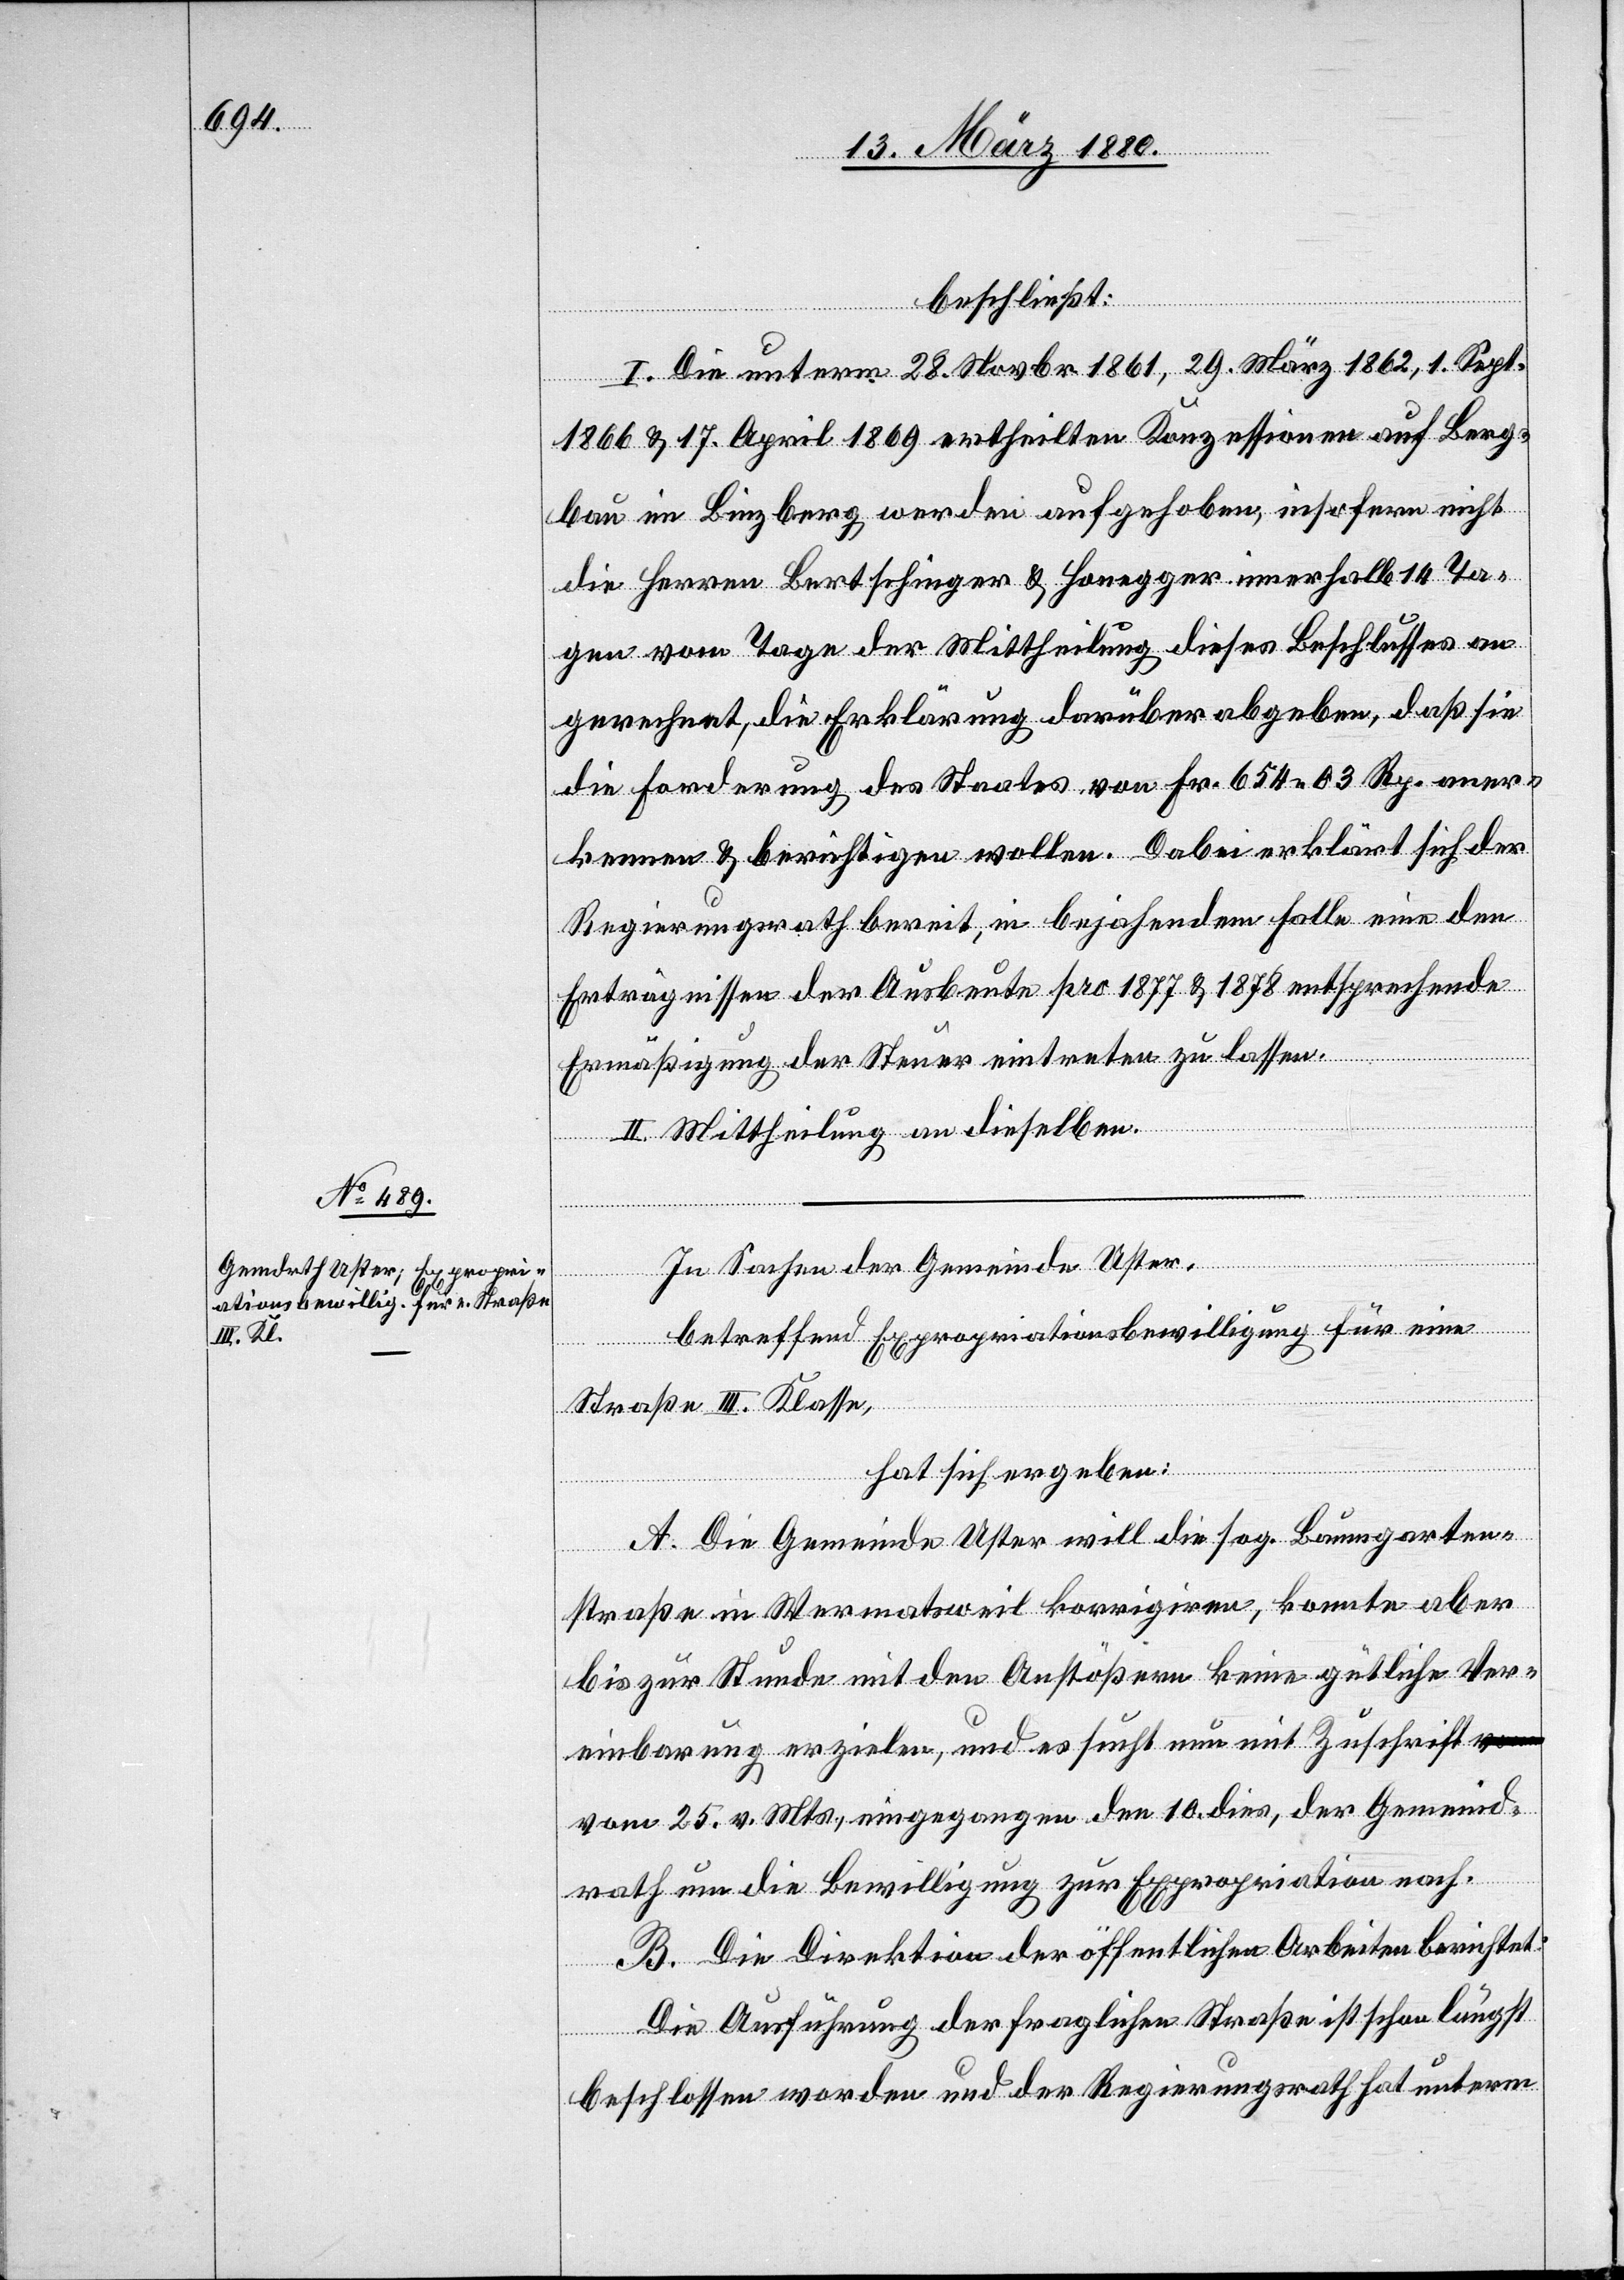
beschließt:
I. Die unterm 28. Novbr. 1861, 29. März 1862, 1. Sept.
1866 & 17. April 1869 ertheilten Konzessionen auf Berg¬
bau im Binzberg werden aufgehoben, insofern nicht
die Herren Bertschinger & Honegger innerhalb 14 Ta¬
gen vom Tage der Mittheilung dieses Beschlusses an
gerechnet, die Erklärung darüber abgeben, daß sie
die Forderung des Staates von Fr. 654 03 Rp. aner¬
kennen & berichtigen wollen. Dabei erklärt sich der
Regierungsrath bereit, in bejahendem Falle einen den
Erträgnissen der Ausbeute pro 1877 & 1878 entsprechende
Ermäßigung der Steuer eintreten zu lassen.
III. Mittheilung an dieselben.
In Sachen der Gemeinde Uster,
betreffend Expropriationsbewilligung für eine
Straße III. Klasse,
hat sich ergeben:
A. Die Gemeinde Uster will die sog. Baumgarten¬
straße in Wermatsweil korrigiren, konnte aber
bis zur Stunde mit den Anstößern keine gütliche Ver¬
einbarung erzielen, und es sucht nun mit Zuschrift v¬
om 25. v. Mts., eingegangen den 10. dies, der Gemeind¬
rath um die Bewilligung zur Expropriation nach.
B. Die Direktion der öffentlichen Arbeiten berichtet:
Die Ausführung der fraglichen Straße ist schon längst
beschlossen worden und der Regierungsrath hat unterm